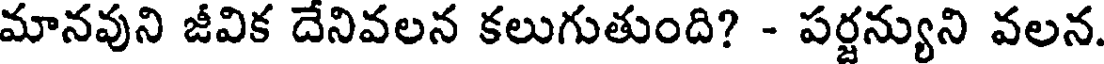
మానవుని జీవిక దేనివలన కలుగుతుంది? - పర్జన్యుని వలన